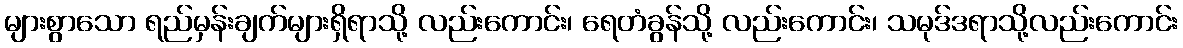
များစွာသော ရည်မှန်းချက်များရှိရာသို့ လည်းကောင်း၊ ရေတံခွန်သို့ လည်းကောင်း၊ သမုဒ်ဒရာသို့လည်းကောင်း